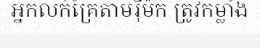
អ្នកលក់គ្រែតាមរ៉ឺម៉ក ត្រូវកម្លាំង